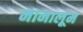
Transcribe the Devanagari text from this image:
नामालूम